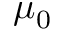
\mu _ { 0 }